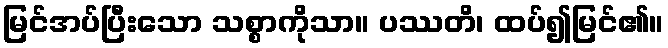
မြင်အပ်ပြီးသော သစ္စာကိုသာ။ ပဿတိ၊ ထပ်၍မြင်၏။